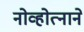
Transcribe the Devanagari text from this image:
नोव्होत्नाने